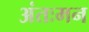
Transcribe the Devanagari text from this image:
अंतःमन